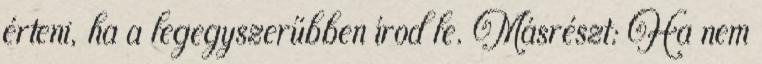
érteni, ha a legegyszerűbben írod le. Másrészt: Ha nem